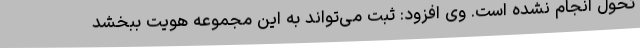
تحول انجام نشده است. وی افزود: ثبت می‌تواند به این مجموعه هویت ببخشد